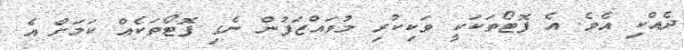
ދެއްކި އެވެ. އެ ފޮޓޯތަކަކީ ވަކިކުރި މުވައްޒަފުން ނެގި ފޮޓޯތަކެއް ކަމަށް އެ